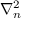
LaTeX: \nabla _ { n } ^ { 2 }